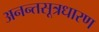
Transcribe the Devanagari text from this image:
अनन्तसूत्रधारण